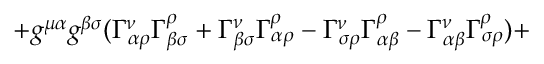
+ g ^ { \mu \alpha } g ^ { \beta \sigma } ( \Gamma _ { \alpha \rho } ^ { \nu } \Gamma _ { \beta \sigma } ^ { \rho } + \Gamma _ { \beta \sigma } ^ { \nu } \Gamma _ { \alpha \rho } ^ { \rho } - \Gamma _ { \sigma \rho } ^ { \nu } \Gamma _ { \alpha \beta } ^ { \rho } - \Gamma _ { \alpha \beta } ^ { \nu } \Gamma _ { \sigma \rho } ^ { \rho } ) +